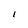
Character: l